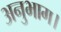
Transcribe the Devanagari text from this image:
अनुभाग।